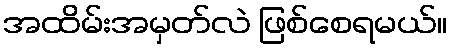
အထိမ်းအမှတ်လဲ ဖြစ်စေရမယ်။